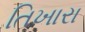
તિખારા